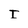
Character: I